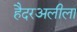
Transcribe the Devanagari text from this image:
हैदरअलीला